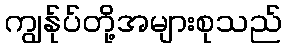
ကျွန်ုပ်တို့အများစုသည်